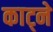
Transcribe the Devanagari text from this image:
काट्ने